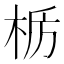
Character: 𫞊